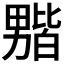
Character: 𫦻